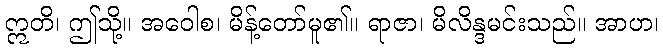
ဣတိ၊ ဤသို့။ အဝေါစ၊ မိန့်တော်မူ၏။ ရာဇာ၊ မိလိန္ဒမင်းသည်။ အာဟ၊